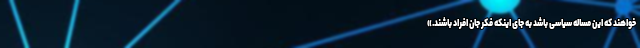
خواهند که این مساله سیاسی باشد به جای اینکه فکر جان افراد باشند.»